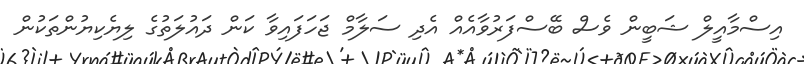
އިސްމާއީލް ޝަބީން ވެސް ބޭސްފަރުވާއެއް އެދި ސަލާމް ޖަހަފައިވާ ކަަން ދައުލަތުގެ ލިޔެކިޔުންތަކުން